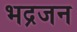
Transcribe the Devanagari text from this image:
भद्रजन